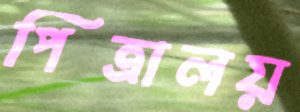
পিত্রালয়